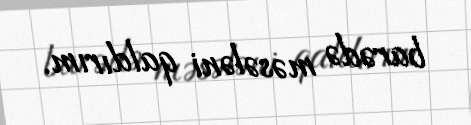
barədə məsələni qaldırım.